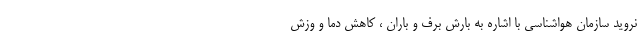
نروید سازمان هواشناسی با اشاره به بارش برف و باران ،‌ کاهش دما و وزش